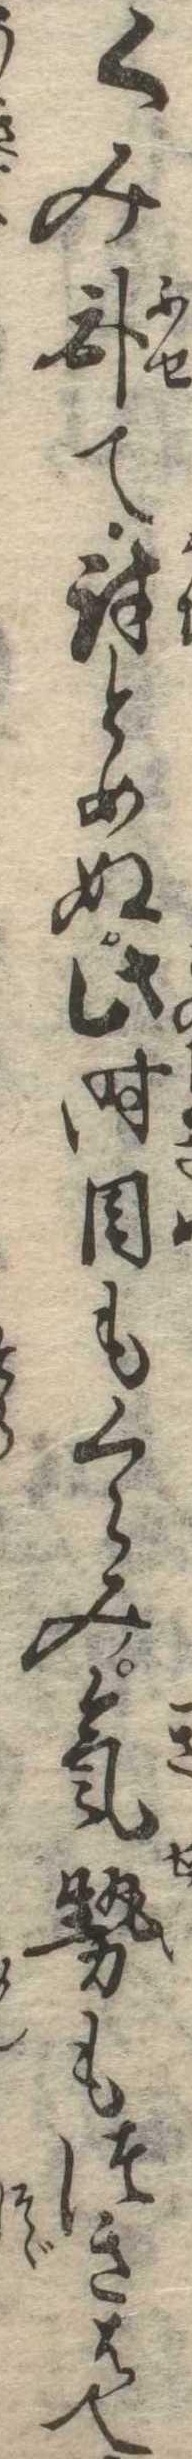
くみ臥て討とめぬ此時目もくらみ気勢もつきはて